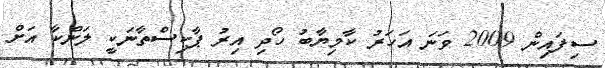
ސިފައިން 2009 ވަނަ އަހަރު ކާމިޔާބު ހޯދި އިރު ޕާކިސްތާނަކީ ލަންކާ އަށް